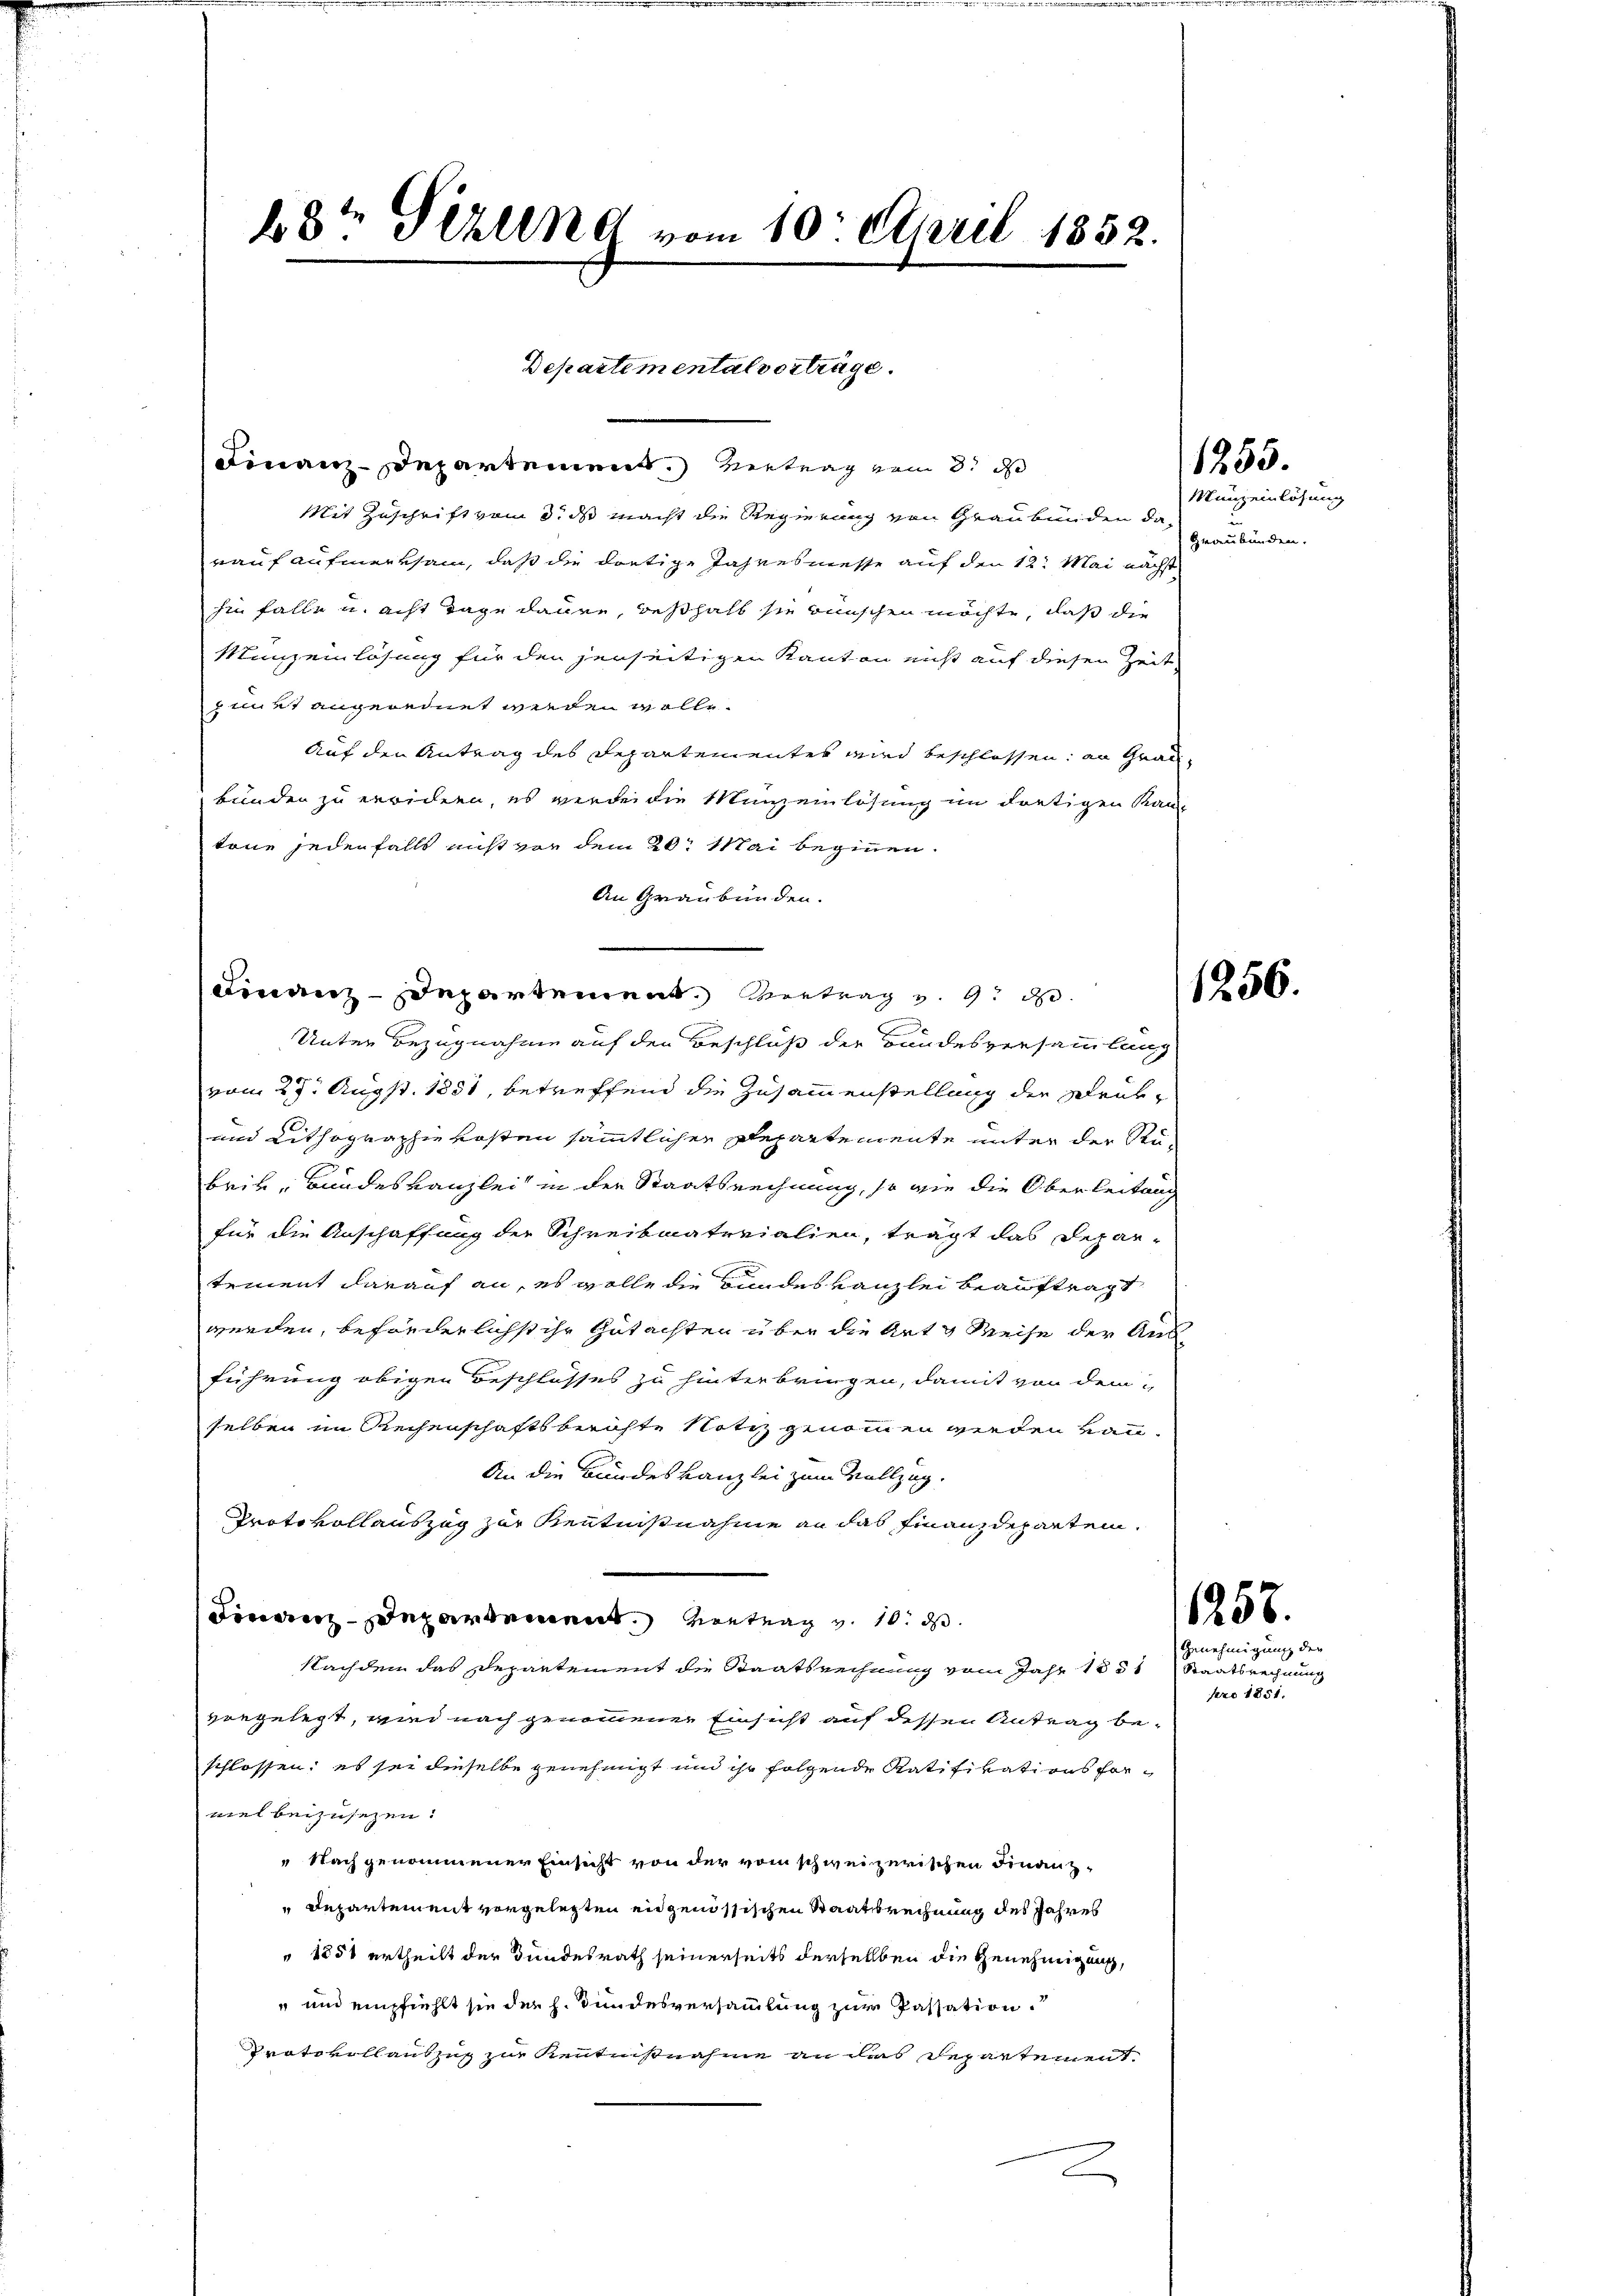
28ten Sizung vom 10. April 1852.

Finanzdepartement Vertrag v. 9. d.

Departemental vorträge.

Finanz-Departement. Vertrag vom 3. d
Mit Zuschrift vom 3. ds macht die Regierung von Graubünden darauf aufmerksam, daß die dortige Jahresmesse auf den 12. Mai nächst
fin falle u. acht Tage dauer, deßhalb sie wünschen möchte, daß die
Münzenlösung für den jenseitigen Kanton nicht auf diesen Zeit
smirt angerednet werden wolle.
Auf den Antrag des Departementes wird beschlossen: an Grau-
bunden zu erwidern, es werdei die Munzeinlösung im dortigen Kanz
tone jedenfalls nicht vor dem 20. Mai beginnen.
An Graubünden.
E
Unter Bezugnahme auf den Beschluß der Bundesversammlung
vom 27. Augst. 1851, betreffend die Zusammenstellung der Druk¬
und Lithographie kosten sämmtlichen Departemente unter der Rü-
brik- Bundeskanzlei in der Staatsrechnung, so wie die Oberleitung
für die Anschaffung der Schreibmaterialien, trägt das Depar-
tement darauf an, es wolle die Bundes Kanzlei beauftragt
werden, beförderlichst ihr Gutachten über die Art & Weise der Aus
führung obigen Beschlosses zu hinterbringen, damit von dem
selben im Reisenschaftsberichte Notiz genommen werden kann.
An die Bundeskanzlei zum Vollzug.
Protokollauszug zur Kenntnißnahme an das Finanzdeparten.
departement entrag v. 10. d
Nachden das Departement die Staatsrechnung vom Jahr 1851 Staatsrechnung
vorgelegt, wird nach genommener Einsicht auf dessen Antrag beschlossen; es sei dieselbe genehmigt und ihr folgende Ratifikationsformel beizusezen.
" Nach genommener Einsicht von der vom schweizerischen Finanz-
 Departement vorgelegten eidgenössischen Staatsrechnung des Jahres
" 1851 ertheilt der Bundesrath seinerseits derselben die Genehmigung,
" und empfiehlt sie der h. Bundesversammlung zur Passation
Protokollantzug zur Kenntnißnahme an das Departement
c

Munzeinlösung
Graubünden.

1255.

1256.

1258.

Genehmigung der
pro 1851.